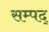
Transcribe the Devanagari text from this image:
सम्पद्